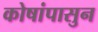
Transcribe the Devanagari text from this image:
कोषांपासुन